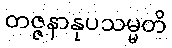
တဇ္ဇနာနုပသမ္မတိ